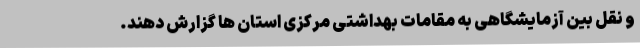
و نقل بین آزمایشگاهی به مقامات بهداشتی مرکزی استان ها گزارش دهند.